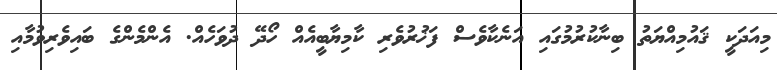
މިއަދަކީ ޤައުމިއްޔަތު ބިނާކުރުމުގައި އަނެކާވެސް ފަޚުރުވެރި ކާމިޔާބީއެއް ހޯދޭ ދުވަހެއް. އެންމެންގެ ބައިވެރިވުމާއި